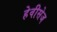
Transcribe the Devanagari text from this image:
हेवीसेज